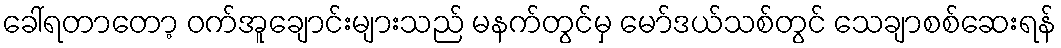
ခေါ်ရတာတော့ ဝက်အူချောင်းများသည် မနက်တွင်မှ မော်ဒယ်သစ်တွင် သေချာစစ်ဆေးရန်